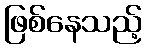
ဖြစ်နေသည့်